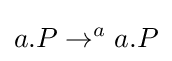
a.P\rightarrow ^{a}a.P